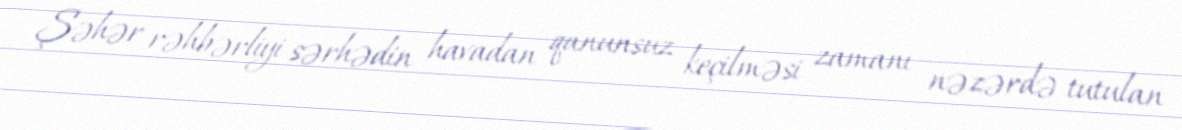
Şəhər rəhbərliyi sərhədin havadan qanunsuz keçilməsi zamanı nəzərdə tutulan